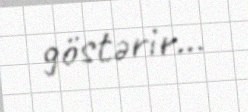
göstərir...